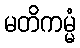
မတိကမ္မံ